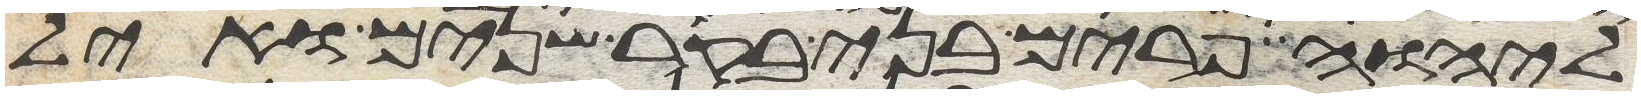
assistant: ליהוה פרים בני בקר שנים ואיל